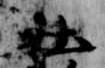
社